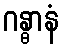
ဂန္ဓာနံ